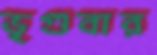
ভৃগুবার